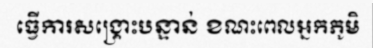
ធ្វើការសង្គ្រោះបន្ទាន់ ខណះពេលអ្នកភូមិ